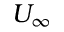
U _ { \infty }